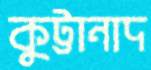
কুট্টানাদ